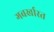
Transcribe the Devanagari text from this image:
गबर्खास्‍त